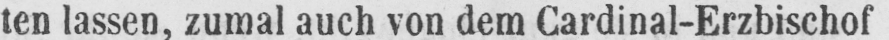
ten lassen, zumal auch von dem Cardinal-Erzbischof